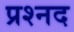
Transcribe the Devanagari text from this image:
प्रश्नद